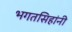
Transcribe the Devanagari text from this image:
भगतसिहांनी